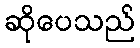
ဆိုပေသည်